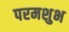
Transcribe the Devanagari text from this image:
परमशुभ